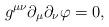
LaTeX: \begin{align*}g^{\mu \nu}\partial_\mu \partial_\nu \varphi = 0,\end{align*}